Annual administration report of the Civil Veterinary Department of India - 1897-1898
Year: 1897
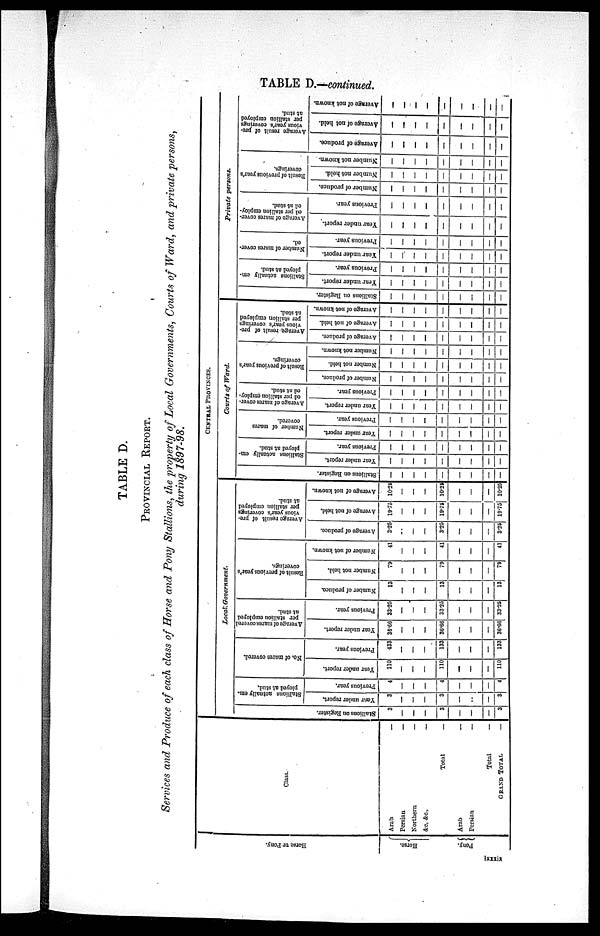
TABLE D.—continued.
TABLE D.
PROVINCIAL REPORT.
Services and Produce of each class of Horse and Pony Stallions, the property of Local Governments, Courts of Ward, and private persons,
during 1897-98.
Horse or Pony.
Horse.
Pony.
Class.
Arab —
Persian
—
Northern
—
&c,
&c.,—
Total
—
Arab
—
Persian—
Total
—
GRAND TOTAL. —
CENTRAL
PROVINCES.
Local, Government.
Stallions on Regi s t
er .
3
—
—
—
3
—
—
3
St al l
i
ons actually em-
ployed at stud.
Year under report.
3
—
—
—
3
—
. .
—
3
Previous year.
4
—
—
—
4
—
—
—
4
No. of mares covered.
Year under report.
110
—
—
—
110
—
—
—
110
Previous year.
433
—
—
—
133
—
—
—
133
Average of mares covered
per stallion employed
at stud.
Year under report.
36.66
—
—
—
36.66
—
—
—
36.66
Previous year.
33.25
—
—
—
33.25
—
—
—
33.25
Result of previous year's
coverings.
Number of produce.
13
—
—
—
13
—
—
13
Number not held.
79
—
—
—
79
—
—
—
79
Number of not known.
41
—
—
—
41
—
—
—
41
Average result or pre-
vious year's coverings
per stallion employed
at stud.
Average of produce.
3.25
—
—
—
3.25
—
—
—
3.25
Average of not held.
19.75
—
—
—
19.75
—
—
19.75
Average of not known.
10.25
—
—
—
10.25
—
—
—
10.25
Courts of Ward.
Stallions on Register.
—
—
—
—
—
—
—
—
—
Stallions actually em—
ployed at stud.
Year under report.
—
—
—
—
—
—
—
—
—
Previous year.
—
—
—
—
—
—
—
—
—
Number of mares
covered.
Year under report.
—
—
—
—
—
—
—
—
—
Previous year.
—
—
—
—
—
—
—
—
—
Average of mares cover-
ed per stallion employ-
ed at stud.
Year under report.
—
—
—
—
—
—
—
—
—
Previous year.
—
—
—
——
—
—
—
—
Result of previous year's
coverings.
Number of produce.
—
—
—
—
—
—
—
—
—
Number not held.
—
—
—
—
—
—
—
—
—
Number not known.
—
—
—
—
—
—
—
—
—
Average result of pre-
vious year's coverings
per stallion employed
at stud.
Average of produce.
—
—
—
—
—
—
—
—
—
Average of not held.
—
—
—
—
—
—
—
—
Average of not known.
—
—
—
—
—
—
—
—
—
Private
persons.
Stallions on Register.
—
—
—
—
—
—
—
—
—
Stallions actually em-
ployed at stud.
Year under report.
—
—
—
—
—
—
—
—
—
Previous year.
—
—
—
—
—
—
—
—
—
Number of mares cover-
ed.
Year under report.
—
—
—
—
—
—
—
—
—
Previous year.
—
—
—
—
—
—
—
—
—
Average of mares cover-
ed per stallion employ-
ed at stud.
Year under report.
—
—
—
—
—
—
—
—
—
Previous year.
—
—
—
—
—
—
—
—
—
Result of previous year's
coverings,
Number of produce.
—
—
—
—
—
—
—
—
—
Number not held.
—
—
—
—
—
—
—
—
—
Number not known.
—
—
—
—
—
—
—
—
—
Average result of pre-
vious year's coverings
per stallion employed
at stud.
Average of produce.
—
—
—
—
—
—
—
—
—
Average of not held.
—
—
—
—
—
—
—
—
—
Average of not known.
—
—
—
—
—
—
—
—
—
Ixxxix